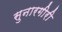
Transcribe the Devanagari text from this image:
सुनारगीरी